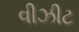
વીઝીટ